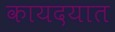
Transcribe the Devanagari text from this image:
कायदयात